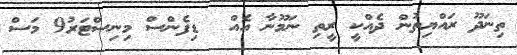
ތިނަދޫ ރައްޔިތުން ދެއްކީ ރީތި ނަމޫނާ އެއް  ޑިފެންސް މިނިސްޓަރު9 މަސް